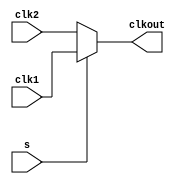
// This program was cloned from: https://github.com/intel/aib-phy-hardware
// License: Apache License 2.0

// SPDX-License-Identifier: Apache-2.0
// Copyright (C) 2019 Intel Corporation. All rights reserved
module hdpldadapt_cmn_clkmux2_cell
(
        output  wire    clkout,
        input   wire    clk2,
        input   wire    clk1,
        input   wire    s
);

      assign clkout = s ? clk1 : clk2;

endmodule // hdpldadapt_cmn_clkmux2_cell